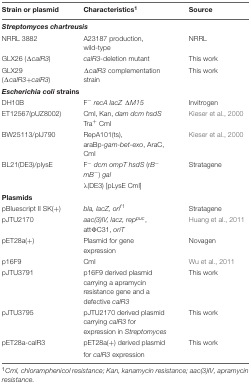
<table><thead><tr><td><b>Strain or plasmid</b></td><td><b>Characteristics<sup>1</sup></b></td><td><b>Source</b></td></tr></thead><tbody><tr><td colspan="3"><b><i>Streptomyces chartreusis</i></b></td></tr><tr><td>NRRL 3882</td><td>A23187 production, wild-type</td><td>NRRL</td></tr><tr><td>GLX26 (Δ<i>calR3</i>)</td><td><i>calR3</i>-deletion mutant</td><td>This work</td></tr><tr><td>GLX29 (Δ<i>calR3+calR3</i>)</td><td>Δ<i>calR3</i> complementation strain</td><td>This work</td></tr><tr><td colspan="3"><b><i>Escherichia coli</i> strains</b></td></tr><tr><td>DH10B</td><td>F<sup>-</sup><i>recA lacZ</i> Δ<i>M15</i></td><td>Invitrogen</td></tr><tr><td>ET12567(pUZ8002)</td><td>Cml, Kan, <i>dam dcm hsdS</i> Tra<sup>+</sup> Cml</td><td>Kieser et al., 2000</td></tr><tr><td>BW25113/pIJ790</td><td>RepA101(ts), araBp-<i>gam-bet-exo</i>, AraC, Cml</td><td>Kieser et al., 2000</td></tr><tr><td>BL21(DE3)/plysE</td><td>F<sup>-</sup><i>dcm ompT hsdS</i> (<i>rB</i><sup>-</sup><i>mB</i><sup>-</sup>) <i>gal</i></td><td>Stratagene</td></tr><tr><td></td><td>(DE3) [pLysE Cml]</td><td></td></tr><tr><td colspan="3"><b>Plasmids</b></td></tr><tr><td>pBluescript II SK(+)</td><td><i>bla, lacZ, ori<sup>f1</sup></i></td><td>Stratagene</td></tr><tr><td>pJTU2170</td><td><i>aac(3)IV, lacz, rep<sup>puc</sup></i>, attΦC31, <i>oriT</i></td><td>Huang et al., 2011</td></tr><tr><td>pET28a(+)</td><td>Plasmid for gene expression</td><td>Novagen</td></tr><tr><td>p16F9</td><td>Cml</td><td>Wu et al., 2011</td></tr><tr><td>pJTU3791</td><td>p16F9 derived plasmid carrying a apramycin resistance gene and a defective <i>calR3</i></td><td>This work</td></tr><tr><td>pJTU3795</td><td>pJTU2170 derived plasmid carrying <i>calR3</i> for expression in <i>Streptomyces</i></td><td>This work</td></tr><tr><td>pET28a-calR3</td><td>pET28a(+) derived plasmid</td><td>This work</td></tr><tr><td></td><td>for <i>calR3</i> expression</td><td></td></tr></tbody></table>